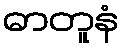
ဓာတူနံ